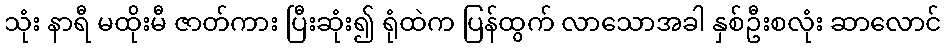
သုံး နာရီ မထိုးမီ ဇာတ်ကား ပြီးဆုံး၍ ရုံထဲက ပြန်ထွက် လာသောအခါ နှစ်ဦးစလုံး ဆာလောင်